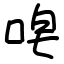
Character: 唣